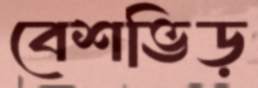
বেশভিড়